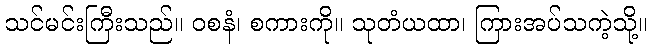
သင်မင်းကြီးသည်။ ဝစနံ၊ စကားကို။ သုတံယထာ၊ ကြားအပ်သကဲ့သို့။